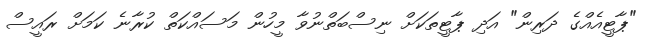
"ޕާޓީއެއްގެ ދަރިން" އަދި ޕާޓީތަކަށް ނިސްބަތްނުވާ މީހުން މަސައްކަތް ކުރާނެ ކަަމަށް ރައީސް